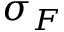
\sigma _ { F }